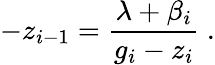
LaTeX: -z_{i-1}=\frac{\lambda+\beta_{i}}{g_{i}-z_{i}}~.